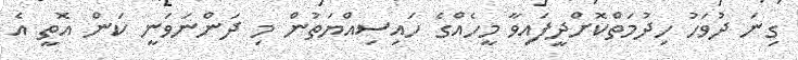
ގިނަ ދުވަހު ހިދުމަތްކޮށްދީފައިވާ މީހެއްގެ ހައިސިއްޔަތުން މި ދަންނަވަނީ ކަން އޮތީ އެ